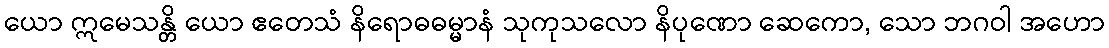
ယော ဣမေသန္တိ ယော ဧတေသံ နိရောဓဓမ္မာနံ သုကုသလော နိပုဏော ဆေကော, သော ဘဂဝါ အဟော